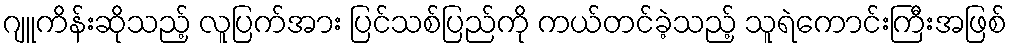
ဂျူကိန်းဆိုသည့် လူပြက်အား ပြင်သစ်ပြည်ကို ကယ်တင်ခဲ့သည့် သူရဲကောင်းကြီးအဖြစ်